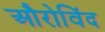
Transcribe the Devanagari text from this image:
औरोविंद